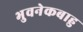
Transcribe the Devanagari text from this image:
भुवनेकबाहु